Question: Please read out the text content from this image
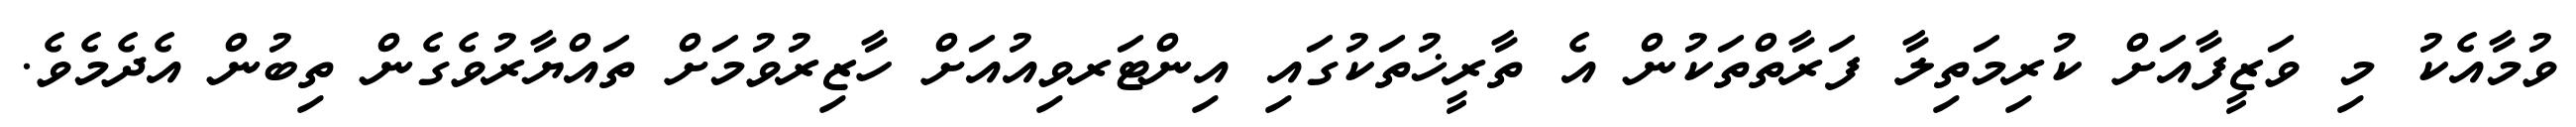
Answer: ވުމާއެކު މި ވަޒީފާއަށް ކުރިމަތިލާ ފަރާތްތަކުން އެ ތާރީޚުތަކުގައި އިންޓަރވިއުއަށް ހާޒިރުވުމަށް ތައްޔާރުވެގެން ތިބުން އެދެމެވެ.